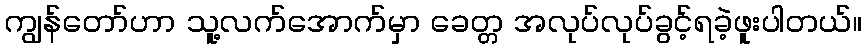
ကျွန်တော်ဟာ သူ့လက်အောက်မှာ ခေတ္တ အလုပ်လုပ်ခွင့်ရခဲ့ဖူးပါတယ်။